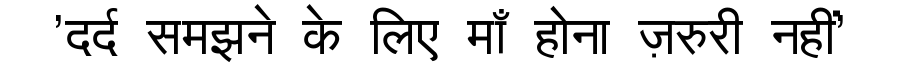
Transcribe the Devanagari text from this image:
'दर्द समझने के लिए माँ होना ज़रुरी नहीं'